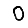
Digit: 0